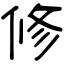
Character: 修